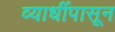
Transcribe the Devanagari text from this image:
व्याधींपासून